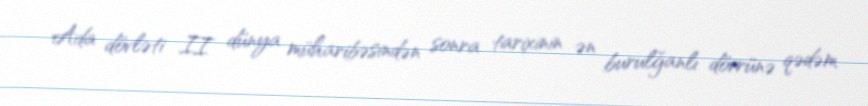
Ada dövləti II dünya müharibəsindən sonra tarixinin ən burulğanlı dövrünə qədəm